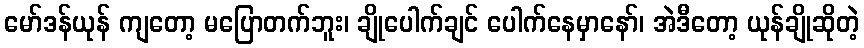
မော်ဒန်ယုန် ကျတော့ မပြောတက်ဘူး၊ ချိုပေါက်ချင် ပေါက်နေမှာနော်၊ အဲဒီတော့ ယုန်ချိုဆိုတဲ့